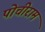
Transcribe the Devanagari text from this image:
पोचीराम